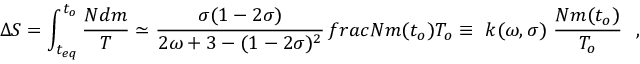
\Delta S = \int _ { t _ { e q } } ^ { t _ { o } } \frac { N d m } { T } \simeq \frac { \sigma ( 1 - 2 \sigma ) } { 2 \omega + 3 - ( 1 - 2 \sigma ) ^ { 2 } } \, f r a c { N m ( t _ { o } ) } { T _ { o } } \equiv \ k ( \omega , \sigma ) \ \frac { N m ( t _ { o } ) } { T _ { o } } \ \ ,